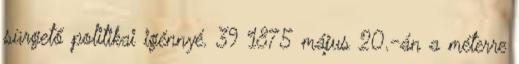
sürgető politikai igénnyé. 39 1875 május 20.-án a méterre